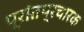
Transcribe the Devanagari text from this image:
प्रांतप्रचारक